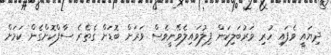
ދިޔައީ ވެފައި ހުރި ވަރުބަލިކަން ފިލުވައިލެވޭނީވެސް ވަރަށް ބޮޑަށް ގެތެރެ ސާފްކޮށްގެން ކަމަށް